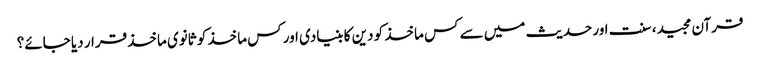
قرآن مجید، سنت اور حدیث میں سے کس ماخذ کو دین کا بنیادی اور کس ماخذ کو ثانوی ماخذ قرار دیا جائے؟